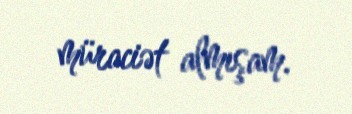
müraciət almışam.